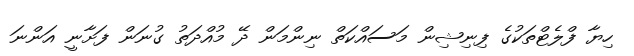
ހިޔާ ފްލެޓްތަކުގެ ފިނިޝިން މަސައްކަތް ނިންމަން ދޭ މުއްދަތު ގުނަން ފަށާނީ އަންނަ